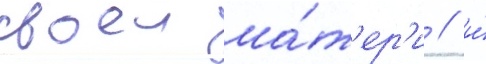
своеи ма́т'ер'и / и́